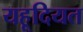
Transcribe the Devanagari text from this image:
यहूदियत